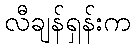
လီချန်ရှန်းက